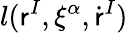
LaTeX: l(\mathsf{r}^{I},\xi^{\alpha},\dot{{\mathsf{r}}}^{I})